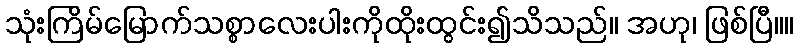
သုံးကြိမ်မြောက်သစ္စာလေးပါးကိုထိုးထွင်း၍သိသည်။ အဟု၊ ဖြစ်ပြီ။။